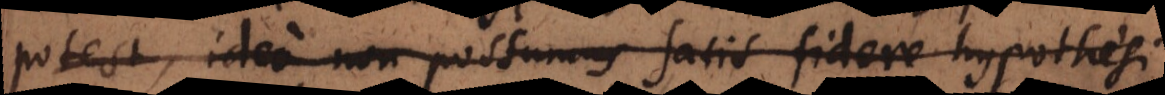
potest, ideo non possumus satis fidere hypothesi.